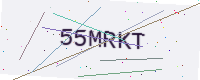
Text: 55MRKT